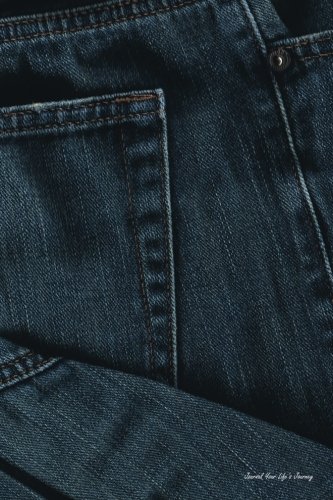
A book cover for Journal Your Life's Journey: Fabric Denim, Lined Journal, 6 x 9, 100 Pages; Journal Your Life's Journey; Self-Help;